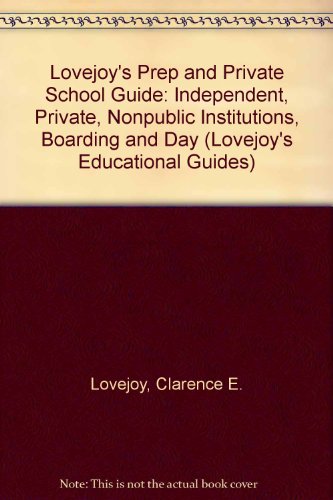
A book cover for Lovejoy's Prep and Private School Guide: Independent, Private, Nonpublic Institutions, Boarding and Day (Lovejoy's Educational Guides); Clarence E. Lovejoy; Test Preparation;